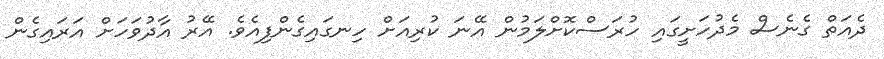
ދެއަތް ގެނެސް މެދުހަށީގައި ހުރަސްކޮށްލަމުން އޭނަ ކުރިއަށް ހިނގައިގެންފިއެވެ. އޭރު އާދުވަހަށް އަރައިގެން